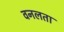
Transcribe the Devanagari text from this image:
वनलता